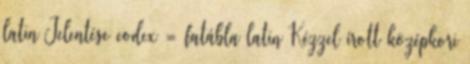
latin Jelentése codex = fatábla latin Kézzel írott középkori